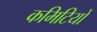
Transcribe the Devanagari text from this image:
कमिटियों